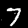
Label: 7